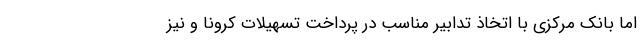
اما بانک مرکزی با اتخاذ تدابیر مناسب در پرداخت تسهیلات کرونا و نیز